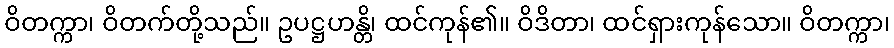
ဝိတက္ကာ၊ ဝိတက်တို့သည်။ ဥပဋ္ဌဟန္တိ၊ ထင်ကုန်၏။ ဝိဒိတာ၊ ထင်ရှားကုန်သော။ ဝိတက္ကာ၊